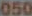
050